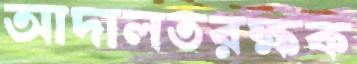
আদালতরক্ষক